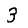
Digit: 3